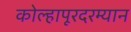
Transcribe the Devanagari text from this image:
कोल्हापूरदरम्यान